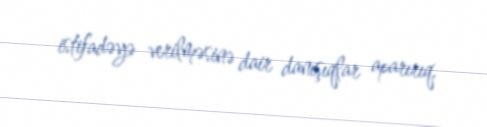
istifadəyə verilməsinə dair danışıqlar aparırıq.